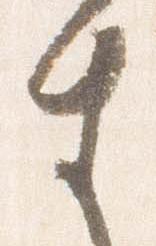
生